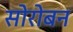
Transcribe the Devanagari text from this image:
सोरोबन